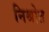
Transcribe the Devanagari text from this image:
निश्रोत